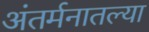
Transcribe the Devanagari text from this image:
अंतर्मनातल्या